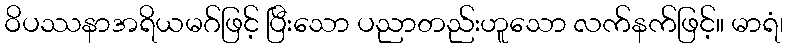
ဝိပဿနာအရိယမဂ်ဖြင့် ပြီးသော ပညာတည်းဟူသော လက်နက်ဖြင့်။ မာရံ၊